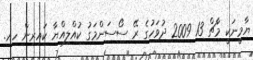
ޔާމީނަކީ މާޗް 13 2009 ދުވަހުގެ ރޭ ސޯސަންމަގު ކުއްލިއްޔާ ކައިރިން ހއ.